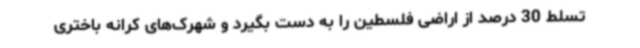
تسلط 30 درصد از اراضی فلسطین را به دست بگیرد و شهرک‌های کرانه باختری